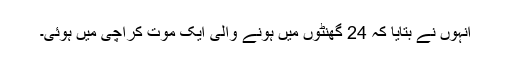
انہوں نے بتایا کہ 24 گھنٹوں میں ہونے والی ایک موت کراچی میں ہوئی۔